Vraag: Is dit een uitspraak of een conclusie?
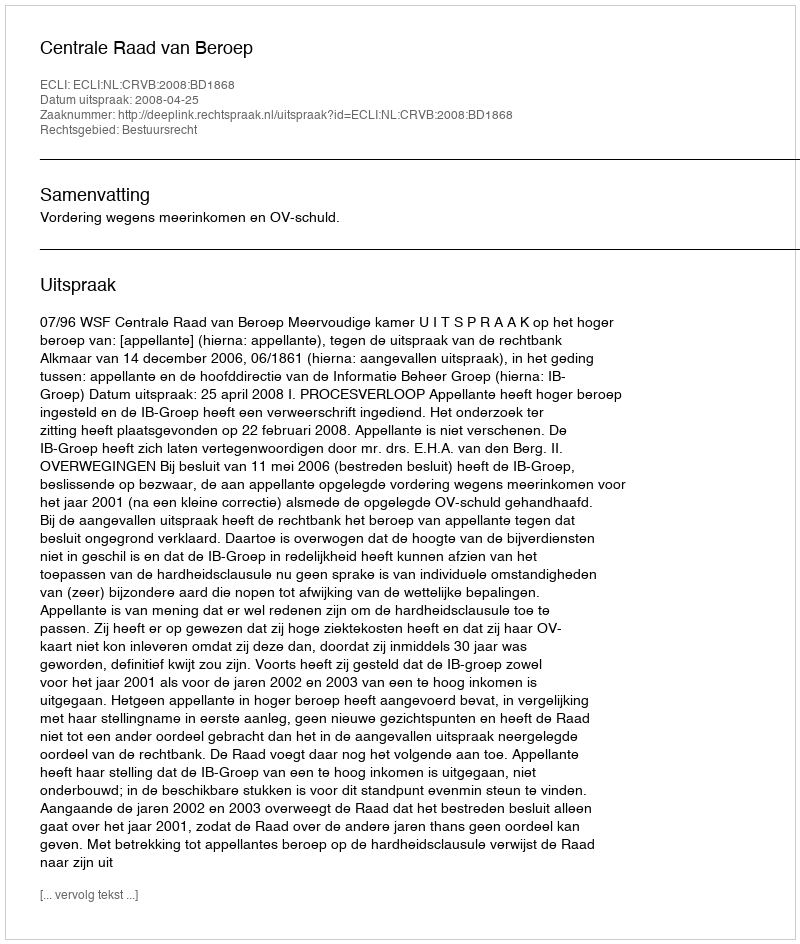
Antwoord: Uitspraak